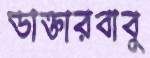
ডাক্তারবাবু